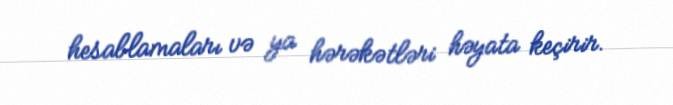
hesablamaları və ya hərəkətləri həyata keçirir.